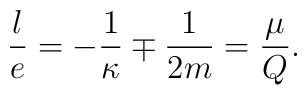
\frac{l}{e} = - \frac{1}{\kappa} \mp \frac{1}{2m} = \frac{\mu}{Q}.